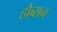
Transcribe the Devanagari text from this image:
हौब्सन